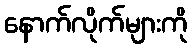
နောက်လိုက်များကို